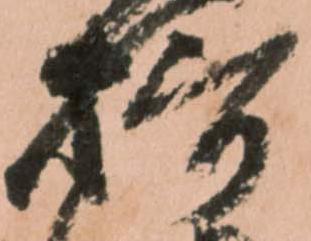
摂